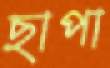
ছাপা